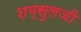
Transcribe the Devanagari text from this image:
शम्सुलजी